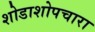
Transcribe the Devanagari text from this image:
शोडाशोपचारा